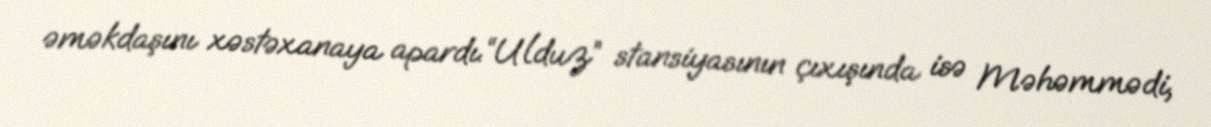
əməkdaşını xəstəxanaya apardı.“Ulduz” stansiyasının çıxışında isə Məhəmmədi,